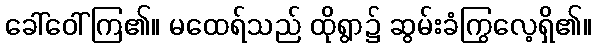
ခေါ်ဝေါ်ကြ၏။ မထေရ်သည် ထိုရွာ၌ ဆွမ်းခံကြွလေ့ရှိ၏။